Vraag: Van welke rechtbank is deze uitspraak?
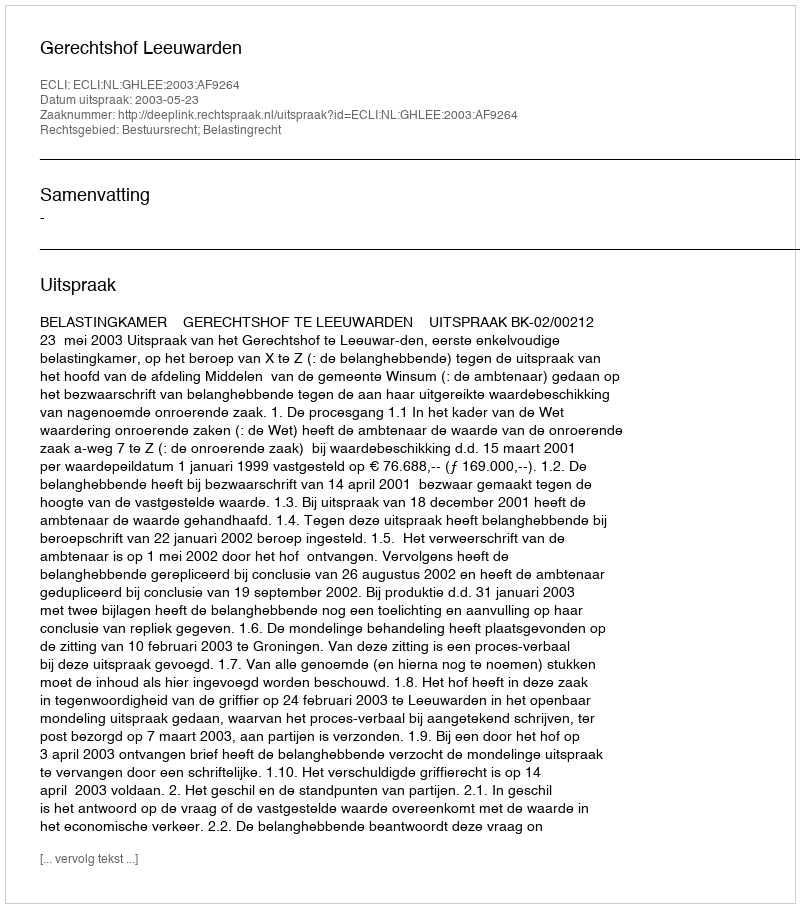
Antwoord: Gerechtshof Leeuwarden